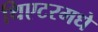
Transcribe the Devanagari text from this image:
थिएटरमधे